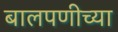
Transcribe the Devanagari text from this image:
बालपणीच्या